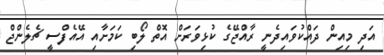
އަދި މިއިން ދައްކުވައިދެނީ ރާއްޖޭގެ ކުޅިވަރަށް އޮތް ލޯބި ކަމަށާއި އޭއެފްސީ ޗެލެންޖް